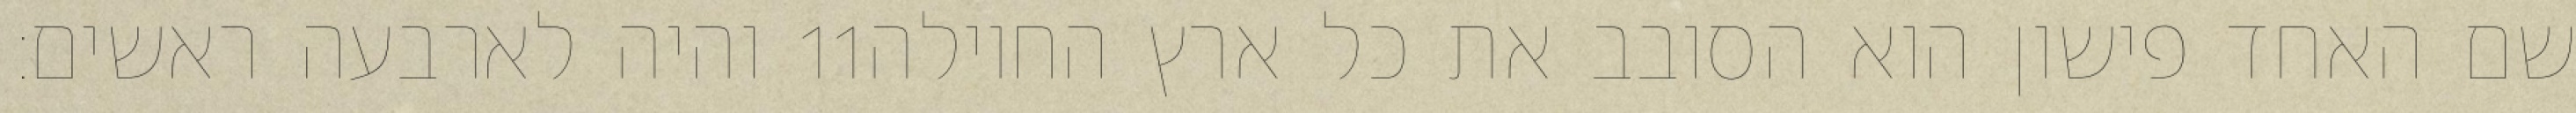
והיה לארבעה ראשים׃ ‎11‏ שם האחד פישון הוא הסובב את כל ארץ החוילה